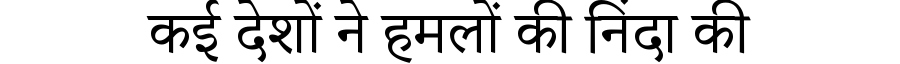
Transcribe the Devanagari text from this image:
कई देशों ने हमलों की निंदा की